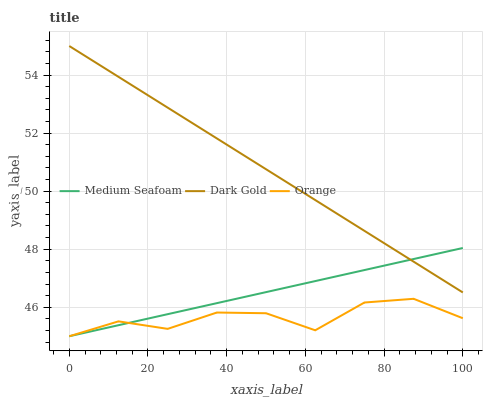
| xaxis_label | Medium Seafoam | Dark Gold | Orange |
 | --- | --- | --- | --- |
 | 0 | 45 | 55 | 45 |
 | 12.5 | 45.4 | 53.9 | 45.5 |
 | 25 | 45.8 | 52.9 | 45.3 |
 | 37.5 | 46.1 | 51.8 | 45.8 |
 | 50 | 46.5 | 50.8 | 45.8 |
 | 62.5 | 46.9 | 49.7 | 45.2 |
 | 75 | 47.3 | 48.6 | 46.2 |
 | 87.5 | 47.7 | 47.6 | 46.3 |
 | 100 | 48 | 46.5 | 45.6 |